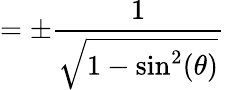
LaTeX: =\pm{\frac{1}{\sqrt{1-\sin^{2}(\theta)}}}